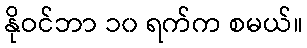
နိုဝင်ဘာ ၁၀ ရက်က စမယ်။